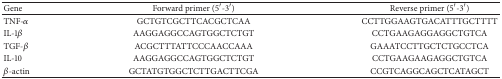
<table><thead><tr><td><b>Gene</b></td><td><b>Forward primer (5′-3′)</b></td><td><b>Reverse primer (5′-3′)</b></td></tr></thead><tbody><tr><td>TNF-<i>α</i></td><td>GCTGTCGCTTCACGCTCAA</td><td>CCTTGGAAGTGACATTTGCTTTT</td></tr><tr><td>IL-1<i>β</i></td><td>AAGGAGGCCAGTGGCTCTGT</td><td>CCTGAAGAGGAGGCTGTCA</td></tr><tr><td>TGF-<i>β</i></td><td>ACGCTTTATTCCCAACCAAA</td><td>GAAATCCTTGCTCTGCCTCA</td></tr><tr><td>IL-10</td><td>AAGGAGGCCAGTGGCTCTGT</td><td>CCTGAAGAAGAGGCTGTCA</td></tr><tr><td><i>β</i>-actin</td><td>GCTATGTGGCTCTTGACTTCGA</td><td>CCGTCAGGCAGCTCATAGCT</td></tr></tbody></table>